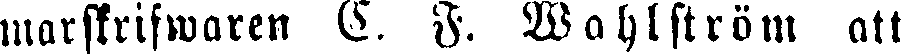
marskrifwaren C. F. Wahlström att